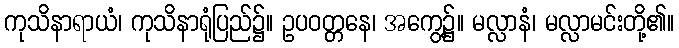
ကုသိနာရာယံ၊ ကုသိနာရုံပြည်၌။ ဥပဝတ္တနေ၊ အကွေ့၌။ မလ္လာနံ၊ မလ္လာမင်းတို့၏။